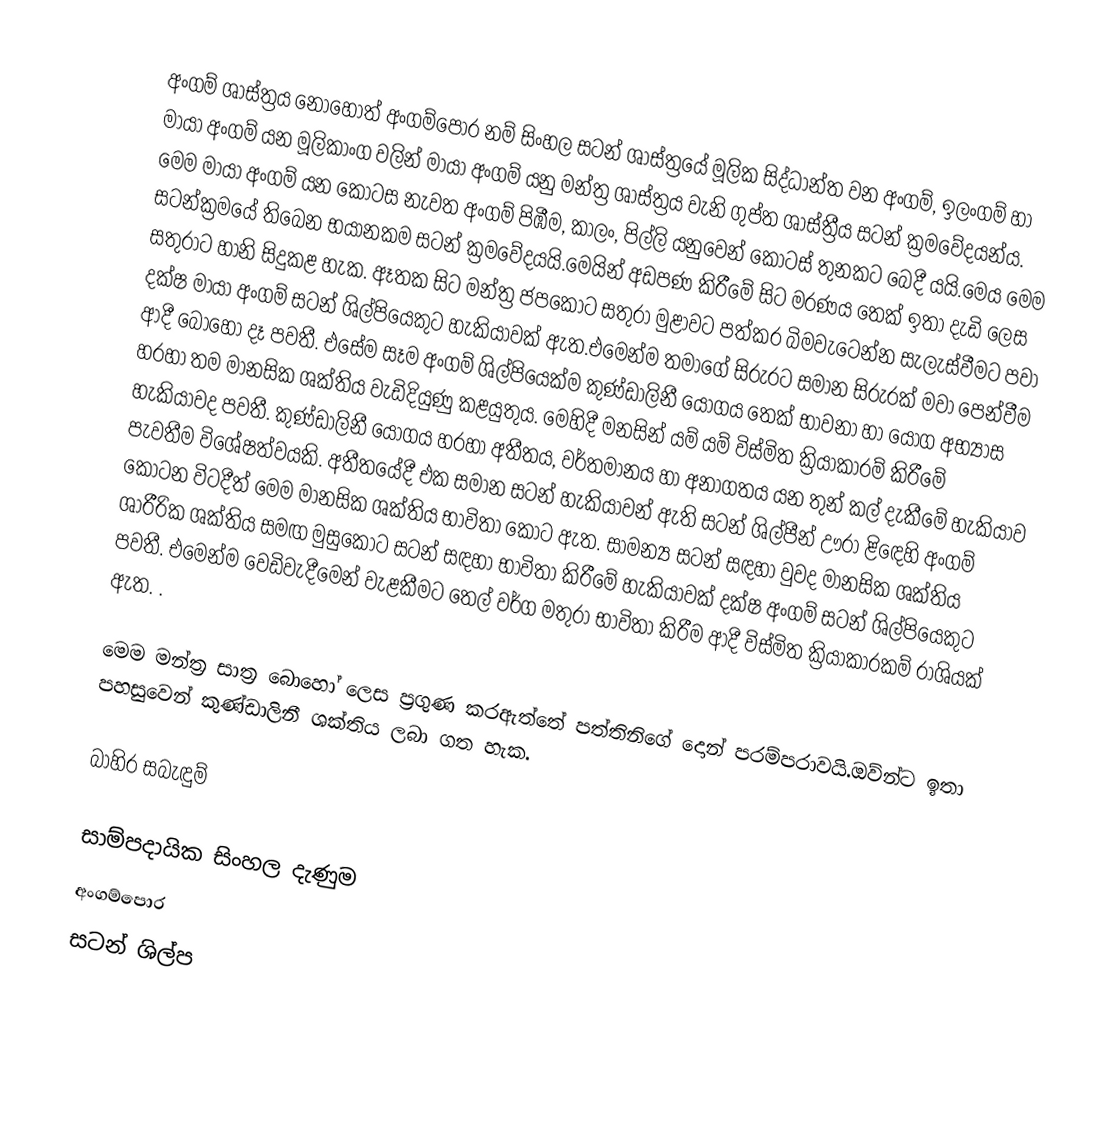
අංගම් ශාස්ත්‍රය නොහොත් අංගම්පොර නම් සිංහල සටන් ශාස්ත්‍රයේ මූලික සිද්ධාන්ත වන අංගම්, ඉලංගම් හා මායා අංගම් යන මූලිකාංග වලින් මායා අංගම් යනු මන්ත්‍ර ශාස්ත්‍රය වැනි ගුප්ත ශාස්ත්‍රීය සටන් ක්‍රමවේදයන්ය. මෙම මායා අංගම් යන කොටස නැවත අංගම් පිඹීම, කාලං, පිල්ලි යනුවෙන් කොටස් තුනකට බෙදී යයි.මෙය මෙම සටන්ක්‍රමයේ තිබෙන භයානකම සටන් ක්‍රමවේදයයි.මෙයින් අඩපණ කිරීමේ සිට මරණය තෙක් ඉතා දැඩි ලෙස සතුරාට හානි සිදුකළ හැක. ඈතක සිට මන්ත්‍ර ජපකොට සතුරා මුළාවට පත්කර බිමවැටෙන්න සැලැස්වීමට පවා දක්ෂ මායා අංගම් සටන් ශිල්පියෙකුට හැකියාවක් ඇත.එමෙන්ම තමාගේ සිරුරට සමාන සිරුරක් මවා පෙන්වීම ආදී බොහෝ දෑ පවතී. එසේම සෑම අංගම් ශිල්පියෙක්ම කුණ්ඩාලිනී යෝගය තෙක් භාවනා හා යෝග අභ්‍යාස හරහා තම මානසික ශක්තිය වැඩිදියුණු කළයුතුය. මෙහිදී මනසින් යම් යම් විස්මිත ක්‍රියාකාරම් කිරීමේ හැකියාවද පවතී. කුණ්ඩාලිනී යෝගය හරහා අතීතය, වර්තමානය හා අනාගතය යන තුන් කල් දැකීමේ හැකියාව පැවතීම විශේෂත්වයකි. අතීතයේදී එක සමාන සටන් හැකියාවන් ඇති සටන් ශිල්පීන් ඌරා ළිඳෙහි අංගම්  කොටන විටදීත් මෙම මානසික ශක්තිය භාවිතා කොට ඇත. සාමන්‍ය සටන් සඳහා වුවද මානසික ශක්තිය ශාරීරික ශක්තිය සමඟ මුසුකොට සටන් සඳහා භාවිතා කිරීමේ හැකියාවක් දක්ෂ  අංගම් සටන් ශිල්පියෙකුට පවතී. එමෙන්ම වෙඩිවැදීමෙන් වැළකීමට තෙල් වර්ග මතුරා භාවිතා කිරීම ආදී විස්මිත ක්‍රියාකාරකම් රාශියක් ඇත. .

මෙම මන්ත්‍ර සාත්‍ර බොහෝ ලෙස ප්‍රගුණ කරඇත්තේ පත්තිනිගේ දොන් පරම්පරාවයි.ඔව්න්ට ඉතා පහසුවෙන් කුණ්ඩාලිනී ශක්තිය ලබා ගත හැක.

බාහිර සබැඳුම්

සාම්පදායික සිංහල දැණුම
අංගම්පොර
සටන් ශිල්ප